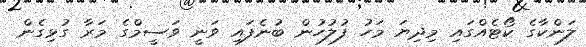
ލަންކާގެ ކޯޓެއްގައި މިދިޔަ މަހު ފުލުހުން ބުނެފައި ވަނީ ވަސީމްގެ މަރާ ގުޅިގެން